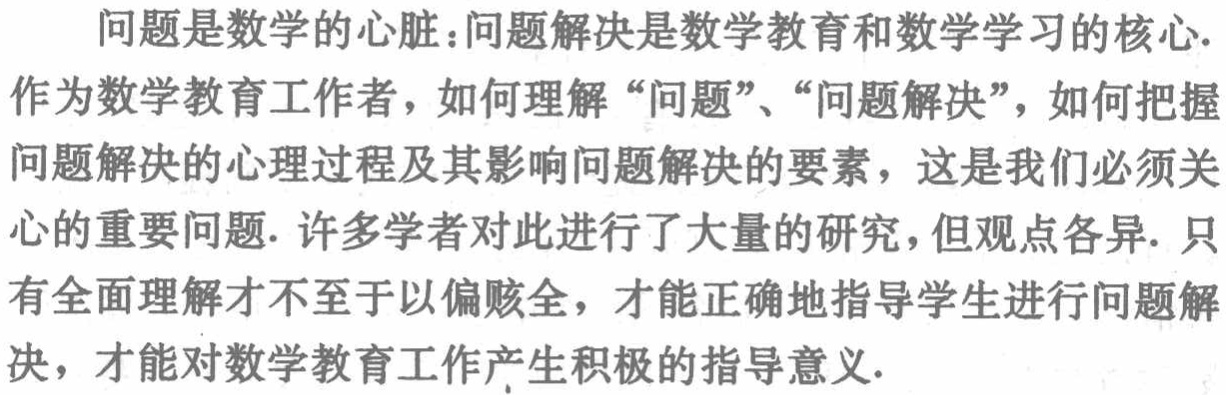
问题是数学的心脏：问题解决是数学教育和数学学习的核心.
作为数学教育工作者，如何理解“问题”、“问题解决”，如何把握
问题解决的心理过程及其影响问题解决的要素，这是我们必须关
心的重要问题. 许多学者对此进行了大量的研究，但观点各异. 只
有全面理解才不至于以偏赅全，才能正确地指导学生进行问题解
决，才能对数学教育工作产生积极的指导意义.